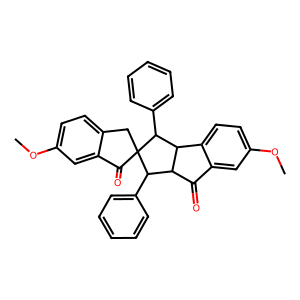
SMILES: COc1ccc2c(c1)C(=O)C1(C2)C(c2ccccc2)C2C(=O)c3cc(OC)ccc3C2C1c1ccccc1
Inhibits HIV replication: No